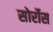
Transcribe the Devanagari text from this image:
सोर्रोस